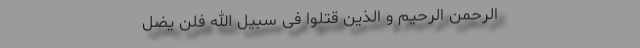
الرحمن الرحیم وَ الَّذِینَ قُتِلُوا فِی سَبِیلِ الله فَلَنْ یُضِلَّ